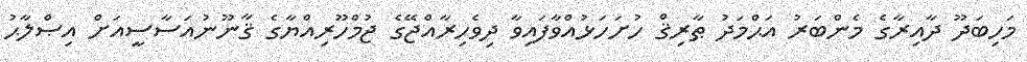
މަހިބަދޫ ދާއިރާގެ މެންބަރު އަޙްމަދު ޠާރިޤް ހުށަހަޅުއްވާފައިވާ ދިވެހިރާއްޖޭގެ ޖުމްހޫރިއްޔާގެ ޤާނޫނުއަސާސީއަށް އިޞްލާޙު